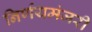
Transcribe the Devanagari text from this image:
निर्णयमंजरी